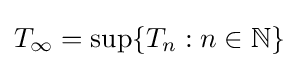
T_{\infty }=\sup\{T_{n}:n\in \mathbb {N} \}